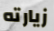
زيارته